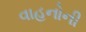
વાહનોની